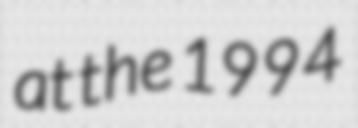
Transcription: at the 1994